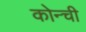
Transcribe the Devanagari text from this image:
कोन्ची